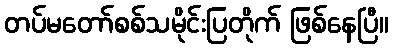
တပ်မတော်စစ်သမိုင်းပြတိုက် ဖြစ်နေပြီ။